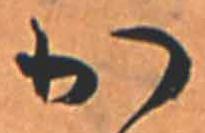
か